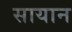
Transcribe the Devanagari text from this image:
सायान